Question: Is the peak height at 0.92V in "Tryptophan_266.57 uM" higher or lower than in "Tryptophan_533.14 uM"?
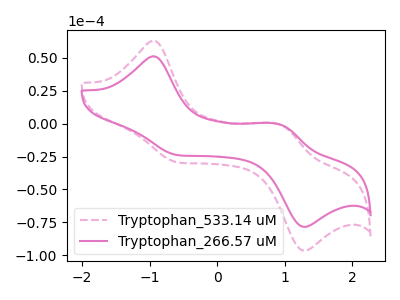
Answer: <think>The pink dashed curve "Tryptophan_533.14 uM" has anodic peaks at (-0.95V, 63.00uA) (0.90V, -0.55uA) and cathodic peaks at (-0.55V, -29.55uA) (1.30V, -96.50uA). The pink curve "Tryptophan_266.57 uM" has anodic peaks at (-0.95V, 51.20uA) (0.90V, -0.45uA) and cathodic peaks at (-0.55V, -24.00uA) (1.30V, -78.35uA).</think>
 <answer>The peak at 0.92V is higher in "Tryptophan_266.57 uM" than in "Tryptophan_533.14 uM".</answer>
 <eval>higher</eval>